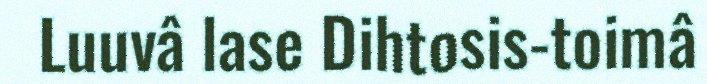
Luuvâ lase Dihtosis-toimâ